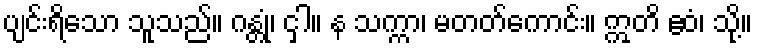
ပျင်းရိသော သူသည်။ ဂန္တုံ၊ ငှါ။ န သက္ကာ၊ မတတ်ကောင်း။ ဣတိ ဧဝံ၊ သို့။